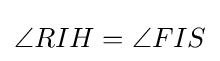
\angle RIH=\angle FIS